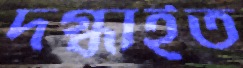
দগ্ধাইত